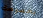
بخصوصك